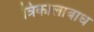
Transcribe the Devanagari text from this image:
त्रिकालाबाध